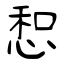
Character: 惒